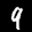
Label: 9